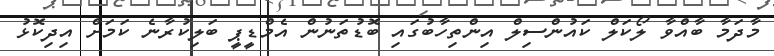
މާދަމާ ބާއްވާ ލޯކަލް ކައުންސިލް އިންތިހާބުގައި ބޮޑުތަނުން އެމްޑީޕީ ބަލިކުރާނެ ކަމަށް އިދިކޮޅު